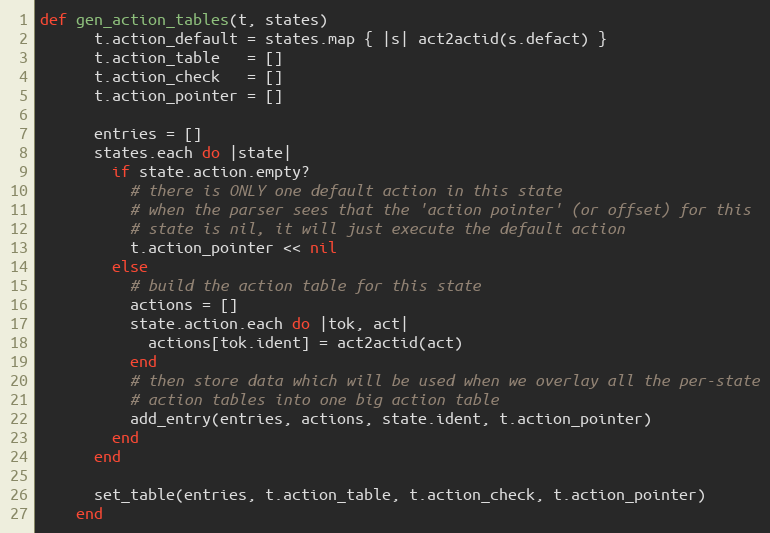
Language: Ruby
def gen_action_tables(t, states)
      t.action_default = states.map { |s| act2actid(s.defact) }
      t.action_table   = []
      t.action_check   = []
      t.action_pointer = []

      entries = []
      states.each do |state|
        if state.action.empty?
          # there is ONLY one default action in this state
          # when the parser sees that the 'action pointer' (or offset) for this
          # state is nil, it will just execute the default action
          t.action_pointer << nil
        else
          # build the action table for this state
          actions = []
          state.action.each do |tok, act|
            actions[tok.ident] = act2actid(act)
          end
          # then store data which will be used when we overlay all the per-state
          # action tables into one big action table
          add_entry(entries, actions, state.ident, t.action_pointer)
        end
      end

      set_table(entries, t.action_table, t.action_check, t.action_pointer)
    end